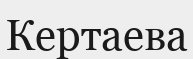
Кертаева